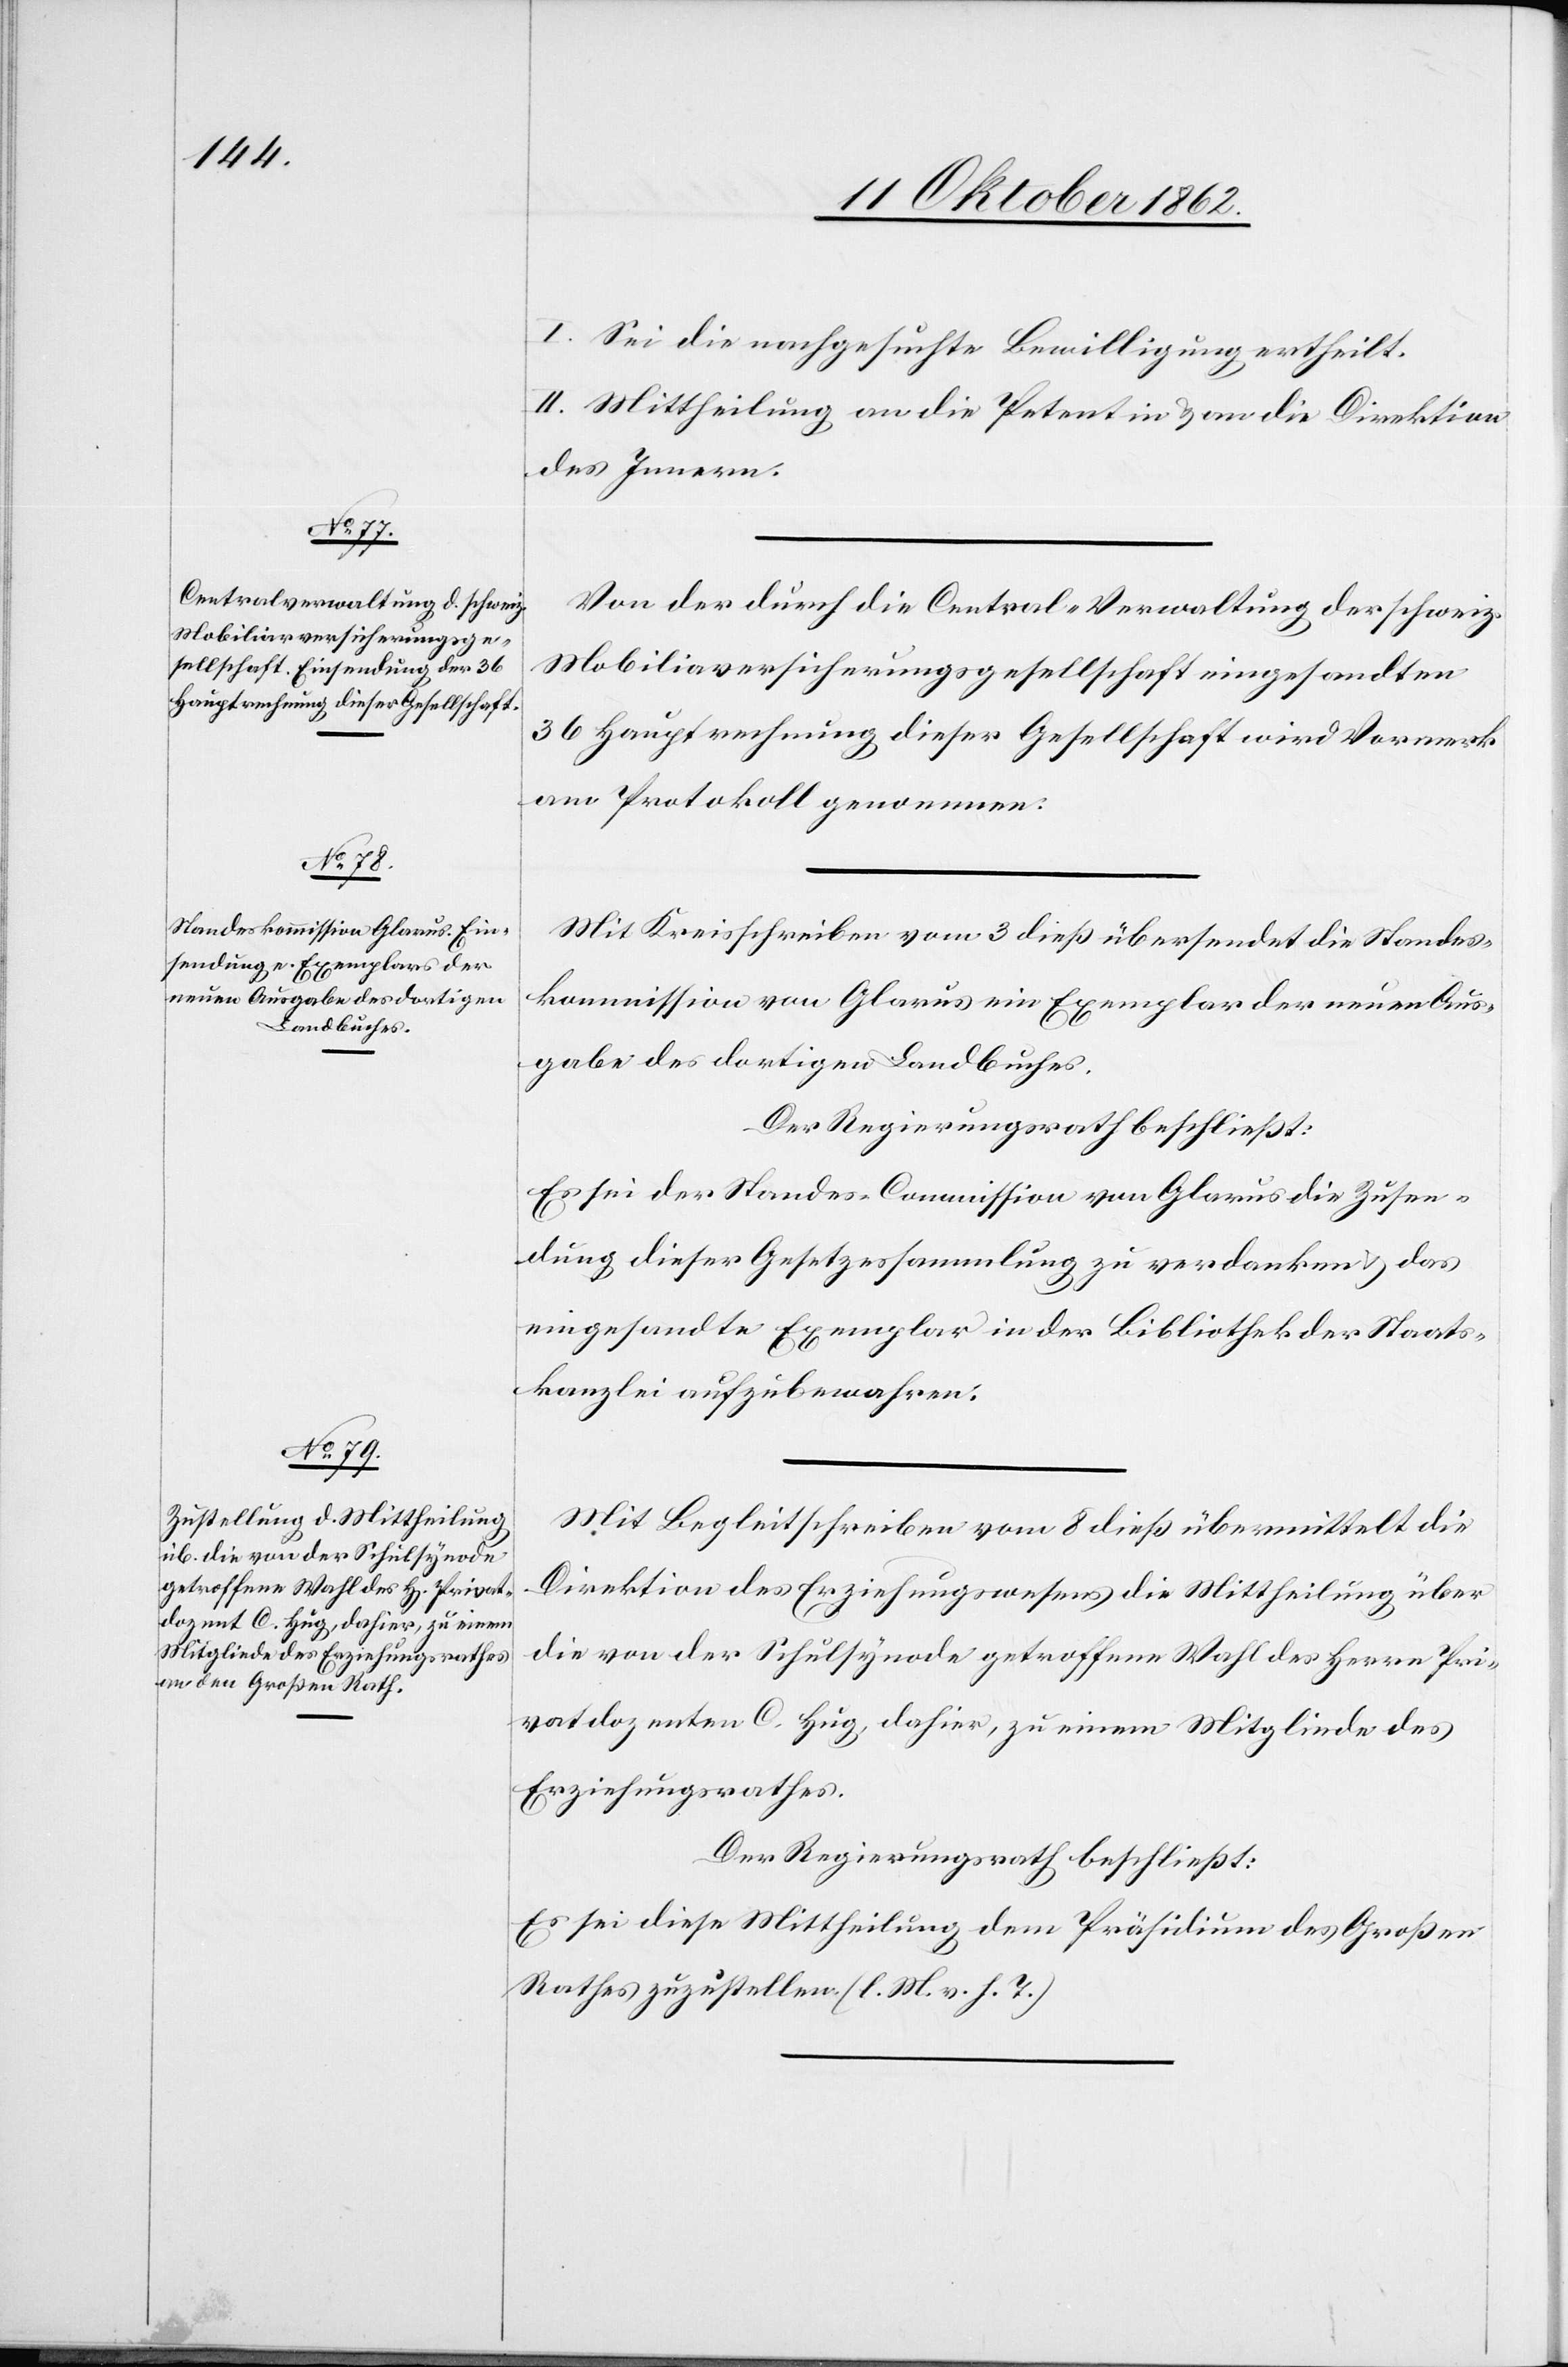
I. Sei die nachgesuchte Bewilligung ertheilt.
II. Mittheilung an die Petentin u. an die Direktion
des Innern.
Von der durch die Central-Verwaltung der schweiz.
Mobiliarversicherungsgesellschaft eingesandten
36 Hauptrechnung dieser Gesellschaft wird Vormerk
am Protokoll genommen.
Mit Kreisschreiben vom 3. dieß übersendet die Standes¬
kommission von Glarus ein Exemplar der neuen Aus¬
gabe des dortigen Landbuches.
Der Regierungsrath beschließt:
Es sei der Standes-Commisson von Glarus die Zusen¬
dung dieser Gesetzessammlung zu verdanken u. das
eingesandte Exemplar in der Bibliothek der Staats¬
kanzlei aufzubewahren.
Mit Begleitschreiben vom 8. dieß übermittelt die
Direktion des Erziehungswesens die Mittheilung über
die von der Schulsynode getroffene Wahl des Herrn Pri¬
vatdozenten C. Hug, dahier, zu einem Mitgliede des
Erziehungsrathes.
Der Regierungsrath beschließt:
Es sei diese Mittheilung dem Präsidium des Großen
Rathes zuzustellen. (l. M. v. h. T.)